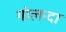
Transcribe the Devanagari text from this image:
गोलन्दा